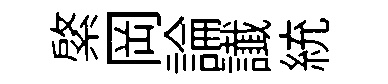
綮岡論䜟統